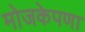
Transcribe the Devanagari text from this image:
मोजकेपणा